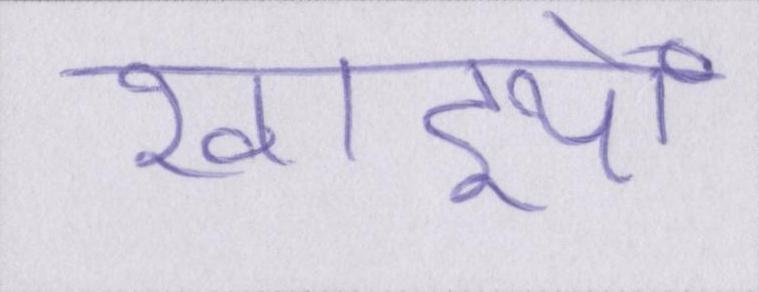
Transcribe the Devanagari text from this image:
खाइयों